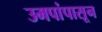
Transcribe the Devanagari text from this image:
उमपांपासून